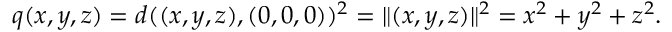
q ( x , y , z ) = d ( ( x , y , z ) , ( 0 , 0 , 0 ) ) ^ { 2 } = \| ( x , y , z ) \| ^ { 2 } = x ^ { 2 } + y ^ { 2 } + z ^ { 2 } .